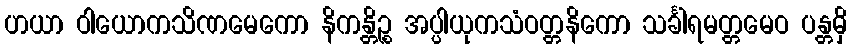
ဟယာ ဝါယောကသိဏမေကော နိကန္တိဉ္စ အပ္ပါယုကသံဝတ္တနိကော သင်္ခါရမတ္တမေဝ ပန္တမှိ